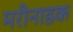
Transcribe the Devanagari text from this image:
मरीनाडक